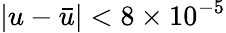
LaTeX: \left|u-{\bar{u}}\right|<8\times 10^{-5}